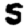
Digit: 5